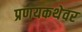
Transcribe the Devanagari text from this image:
प्रणयकथेवर